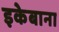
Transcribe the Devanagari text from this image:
इकेबाना